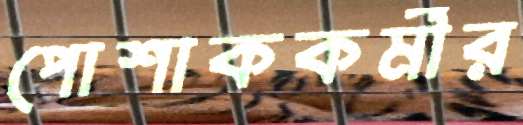
পোশাককর্মীর